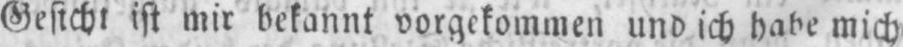
ist mir bekannt vorgekommen und ich habe mich